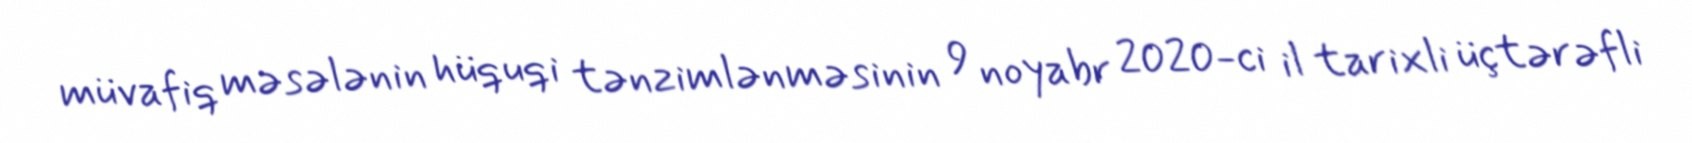
müvafiq məsələnin hüquqi tənzimlənməsinin 9 noyabr 2020-ci il tarixli üçtərəfli